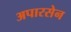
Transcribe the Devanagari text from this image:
अपारसेन